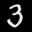
Label: 3